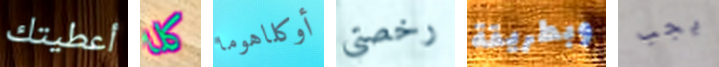
أعطيتك كلا أوكلاهوما رخصتي وبطريقة يجب